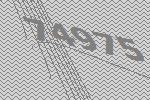
74975